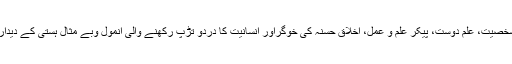
مجھے حافظ جی رح جیسی عظیم شخصیت، علم دوست، پیکرِ علم و عمل، اخلاقِ حسنہ کی خوگراور انسانیت کا دردو تڑپ رکھنے والی انمول وبے مثال ہستی کے دیدار کا شرف تو حاصل نہ ہوسکا لیکن۔